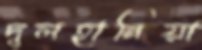
দুলহানিয়া